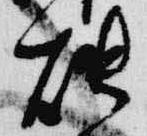
燭